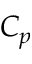
C _ { p }